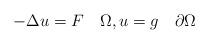
LaTeX: \begin{align*}-\Delta u = F \quad\Omega ,u=g\quad\partial\Omega\end{align*}